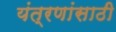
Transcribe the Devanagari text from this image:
यंत्रणांसाठी